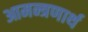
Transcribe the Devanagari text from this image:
आमन्त्रणार्थ